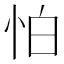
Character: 怕